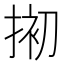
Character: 𢮀